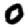
Digit: 0